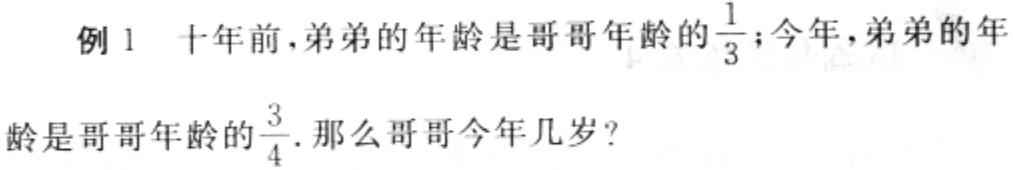
例 1 十年前，弟弟的年龄是哥哥年龄的$\frac{1}{3}$；今年，弟弟的年龄是哥哥年龄的$\frac{3}{4}$. 那么哥哥今年几岁？